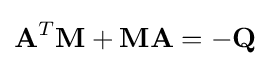
\mathbf {A} ^{T}\mathbf {M} +\mathbf {M} \mathbf {A} =-\mathbf {Q}